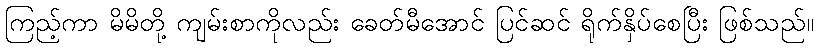
ကြည့်ကာ မိမိတို့ ကျမ်းစာကိုလည်း ခေတ်မီအောင် ပြင်ဆင် ရိုက်နှိပ်စေပြီး ဖြစ်သည်။